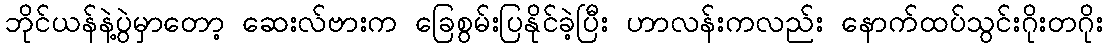
ဘိုင်ယန်နဲ့ပွဲမှာတော့ ဆေးလ်ဗားက ခြေစွမ်းပြနိုင်ခဲ့ပြီး ဟာလန်းကလည်း နောက်ထပ်သွင်းဂိုးတဂိုး